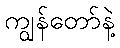
ကျွန်တော်နဲ့